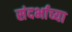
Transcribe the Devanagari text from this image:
संदर्भाच्या